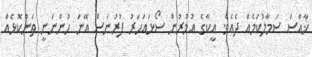
ޚާއްސަ ސަމާލުކަމެއް ދެއެވެ. އީކާގެ އުމުރުން ސޯޅައަހަރު ފުރުނަސް އޭނަ ހުންނަނީ ތަންކޮޅެއް